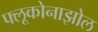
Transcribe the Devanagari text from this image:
फ्लूकोनाझोल